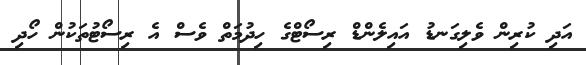
އަދި ކުރިން ވެލިގަނޑު އައިލެންޑް ރިސޯޓްގެ ހިދުމަތް ވެސް އެ ރިސޯޓުތަކުން ހޯދި